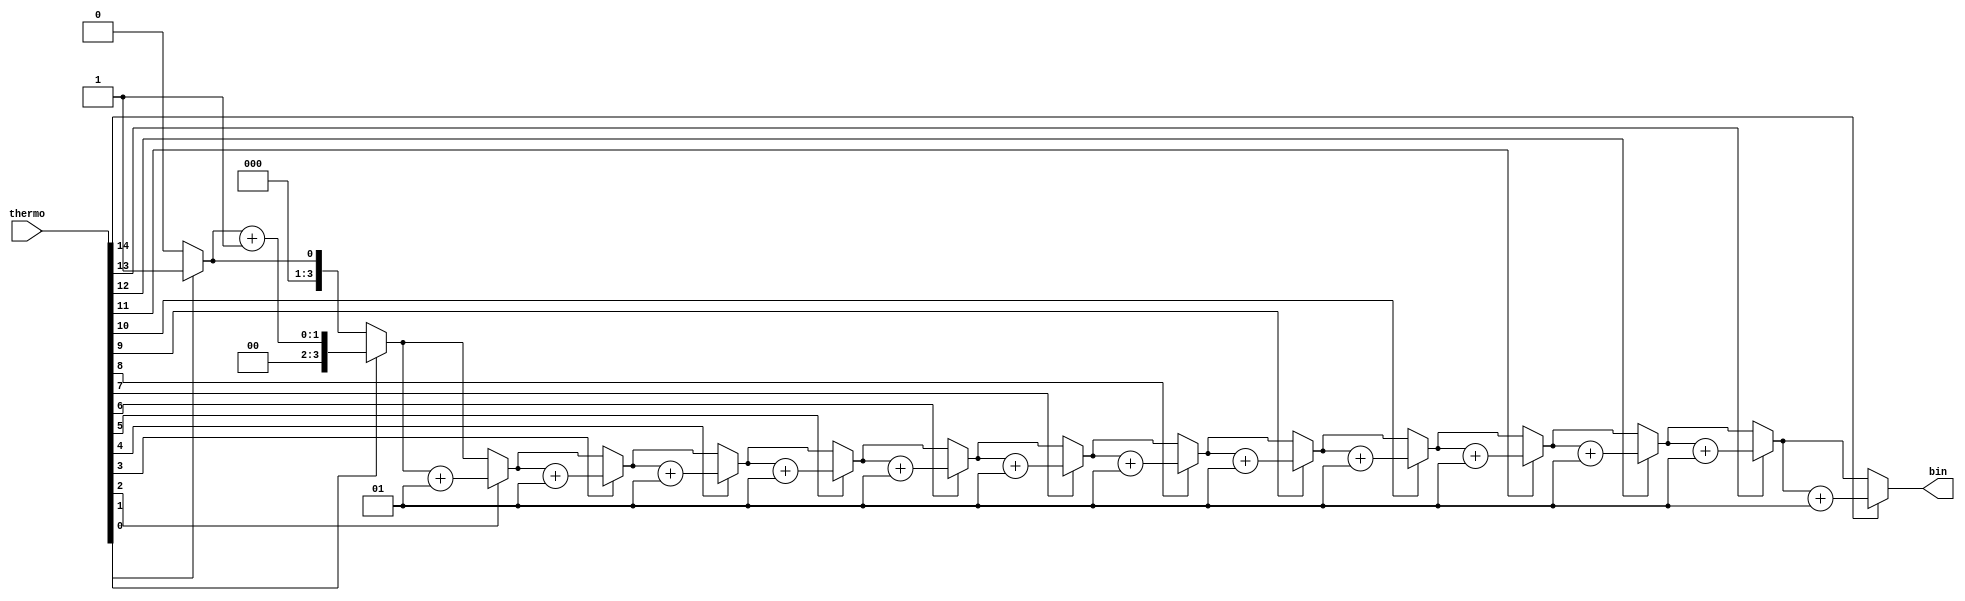
`timescale 1ns/1ns

module thermo_to_bin(
    thermo,
    bin
    );

  input [14:0] thermo;
  output reg [3:0] bin;
  integer i;
  integer c;
  
  always @(thermo) begin
    
      c = 0;
    
  for (i = 0; i < 15; i = i + 1) begin
    if(thermo[i] == 1) begin //adds up all the 1s in thermo code
      c = c+1;
    end
  end
    
    bin = c;
    
  end

endmodule